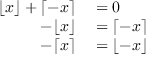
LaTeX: \begin{array} { r l } { \lfloor x \rfloor + \lceil - x \rceil } & { { } = 0 } \\ { - \lfloor x \rfloor } & { { } = \lceil - x \rceil } \\ { - \lceil x \rceil } & { { } = \lfloor - x \rfloor } \end{array}